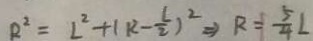
R ^ { 2 } = L ^ { 2 } + ( R - \frac { L } { 2 } ) ^ { 2 } \Rightarrow R = \frac { 5 } { 4 } L